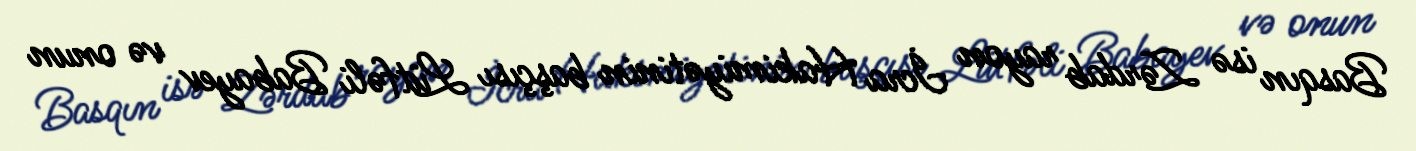
Basqın isə Zərdab rayon İcra Hakimiyətinin başçısı Lütfəli Babayev və onun